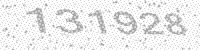
Solution: 131928